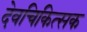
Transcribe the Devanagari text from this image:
देवचिकित्सक